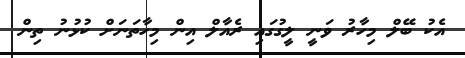
އެކު ބޭލް މިހާރު ވަނީ ލީގުގައި ރެއާލް އިން މިހާތަނަށް ކުޅުނު ތިން